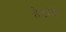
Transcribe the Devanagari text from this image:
हेडांती